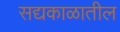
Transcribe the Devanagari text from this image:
सद्यकाळातील